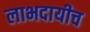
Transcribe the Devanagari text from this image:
लाभदायीच